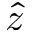
\hat { z }